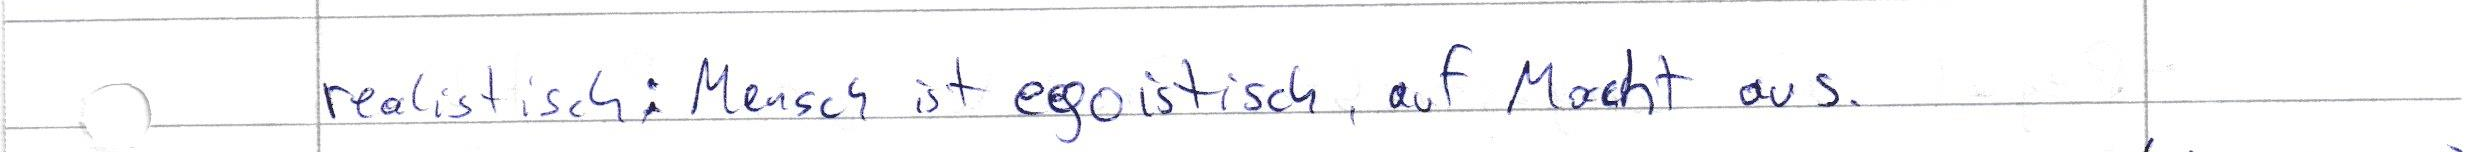
realistisch: Mensch ist egoistisch, auf Macht aus.